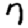
Digit: 7